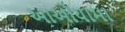
આઓયામા